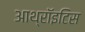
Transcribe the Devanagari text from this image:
आथ्रॉइटिस